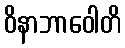
ဝိနာဘာဝေါတိ